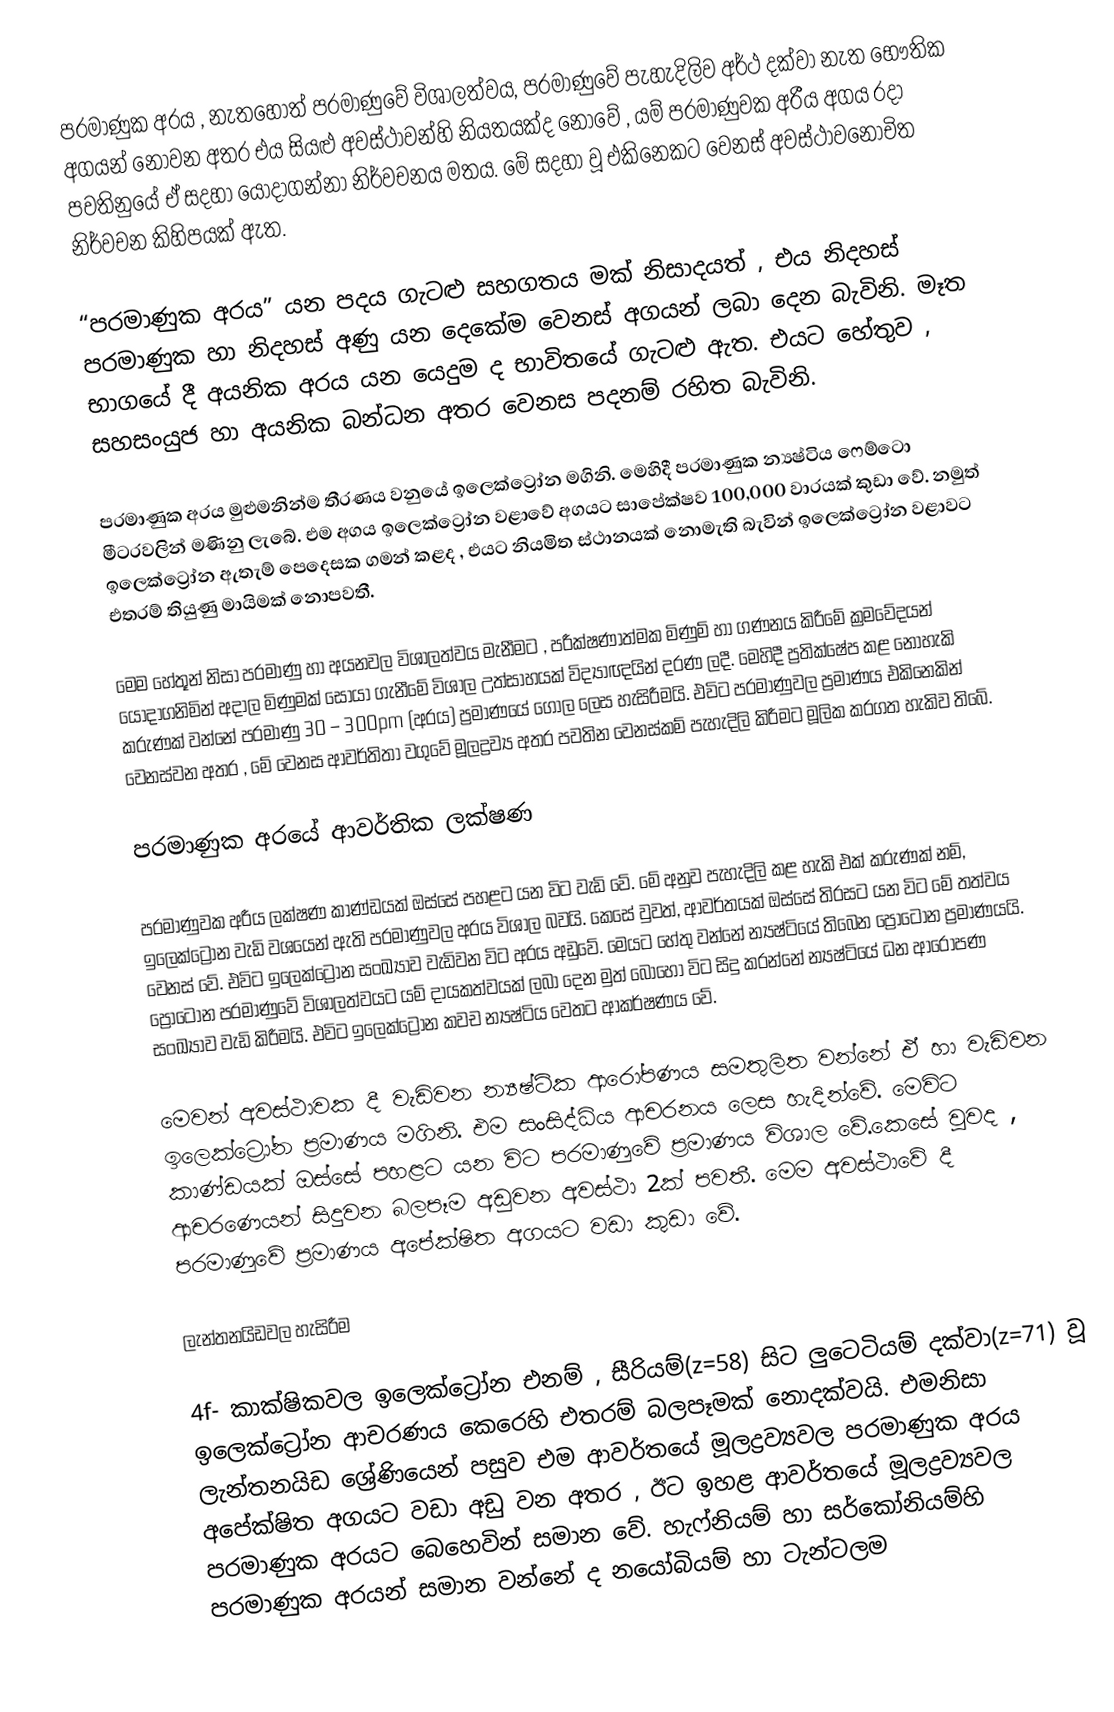
පරමාණුක අරය , නැතහොත් පරමාණුවේ විශාලත්වය, පරමාණුවේ පැහැදිලිව අර්ථ දක්වා නැත භෞතික අගයන්  නොවන අතර එය සියළු අවස්ථාවන්හි නියතයක්ද නොවේ , යම් පරමාණුවක අරීය අගය රදා පවතිනුයේ ඒ සදහා යොදාගන්නා නිර්වචනය මතය. මේ සදහා වූ එකිනෙකට වෙනස් අවස්ථාවනෝචිත නිර්වචන කිහිපයක් ඇත.

“පරමාණුක අරය” යන පදය ගැටළු සහගතය මක් නිසාදයත් , එය නිදහස් පරමාණුක හා නිදහස් අණු යන දෙකේම වෙනස් අගයන් ලබා දෙන බැවිනි. මෑත භාගයේ දී අයනික අරය යන යෙදුම ද භාවිතයේ ගැටළු ඇත. එයට හේතුව , සහසංයුජ හා අයනික බන්ධන අතර වෙනස පදනම් රහිත බැවිනි.

පරමාණුක අරය මුළුමනින්ම තීරණය වනුයේ ඉලෙක්ට්‍රෝන මගිනි. මෙහිදී පරමාණුක න්‍යෂ්ටිය ෆෙම්ටො මීටරවලින් මණිනු ලැබේ. එම අගය ඉලෙක්ට්‍රෝන වළාවේ අගයට සාපේක්ෂව 100,000 වාරයක් කුඩා වේ. නමුත් ඉලෙක්ට්‍රෝන ඇතැම් පෙදෙසක ගමන් කළද , එයට නියමිත ස්ථානයක් නොමැති බැවින් ඉලෙක්ට්‍රෝන වළාවට එතරම් තියුණු මායිමක් නොපවතී.

මෙම හේතූන් නිසා පරමාණු හා අයනවල විශාලත්වය මැනීමට , පරීක්ෂණාත්මක මිණුම් හා ගණනය කිරීමේ ක්‍රමවේදයන් යොදාගනිමින් අදාල මිණුමක් සොයා ගැනීමේ විශාල උත්සාහයක් විද්‍යාඥයින් දරණ ලදී. මෙහිදී ප්‍රති‍ක්ෂේප කළ නොහැකි කරුණක් වන්නේ පරමාණු 30 – 300pm (අරය) ප්‍රමාණයේ ගෝල ලෙස හැසිරීමයි. එවිට පරමාණුවල ප්‍රමාණය එකිනෙකින් වෙනස්වන අතර , මේ වෙනස ආවර්තිතා වගුවේ මූලද්‍රව්‍ය අතර පවතින වෙනස්කම් පැහැදිලි කිරීමට මූලික කරගත හැකිව තිබේ.

පරමාණුක අරයේ ආවර්තික ලක්ෂණ

පරමාණුවක අරීය ලක්ෂණ කාණ්ඩයක් ඔස්සේ පහළට යන විට වැඩි වේ. මේ අනුව පැහැදිලි කළ හැකි එක් කරුණක් නම්, ඉලෙක්ට්‍රෝන වැඩි වශයෙන් ඇති පරමාණුවල අරය විශාල බවයි. කෙසේ වුවත්, ආවර්තයක් ඔස්සේ තිරසට යන විට මේ තත්වය වෙනස් වේ. එවිට ඉලෙක්ට්‍රෝන සංඛ්‍යාව වැඩිවන විට අරය අඩුවේ. මෙයට හේතු වන්නේ න්‍යෂ්ටියේ තිබෙන ප්‍රෝටෝන ප්‍රමාණයයි. ප්‍රෝටෝන පරමාණුවේ විශාලත්වයට යම් දායකත්වයක් ලබා දෙන මුත් බොහෝ විට සිදු කරන්නේ න්‍යෂ්ටියේ ධන ආරෝපණ සංඛ්‍යාව වැඩි කිරීමයි. එවිට ඉලෙක්ට්‍රෝන කවච න්‍යෂ්ටිය වෙතට ආකර්ෂණය වේ.

මෙවන් අවස්ථාවක දී වැඩිවන න්‍යෂ්ටික ආරෝපණය සමතුලිත වන්නේ ඒ හා වැඩිවන ඉලෙක්ට්‍රෝන ප්‍රමාණය මගිනි. එම සංසිද්ධිය ආචරනය ලෙස හැදින්වේ. මෙවිට කාණ්ඩයක් ඔස්සේ පහළට යන විට පරමාණුවේ ප්‍රමාණය විශාල වේ.කෙසේ වුවද , ආචරණ‍ෙයන් සිදුවන බලපෑම අඩුවන අවස්ථා 2ක් පවතී. මෙම අවස්ථ‍ාවේ දී පරමාණුවේ ප්‍රමාණය අපේක්ෂිත අගයට වඩා කුඩා වේ.

ලැන්තනයිඩවල හැසිරීම

4f- කාක්ෂිකවල ඉලෙක්ට්‍රෝන එනම් , සීරියම්(z=58) සිට ලුටෙටියම් දක්වා(z=71) වූ ඉලෙක්ට්‍රෝන ආචරණය කෙරෙහි එතරම් බලපෑමක් නොදක්වයි. එමනිසා ලැන්තනයිඩ ශ්‍රේණියෙන් පසුව එම ආවර්තයේ මූලද්‍රව්‍යවල පරමාණුක අරය අපේක්ෂිත අගයට වඩා අඩු වන අතර , ඊට ඉහළ ආවර්තයේ මූලද්‍රව්‍යවල පරමාණුක අරයට බෙහෙවින් සමාන වේ. හැෆ්නියම් හා සර්කෝනියම්හි පරමාණුක අරයන් සමාන වන්නේ ද නයෝබියම් හා ටැන්ටලම